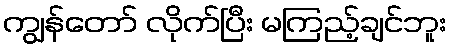
ကျွန်တော် လိုက်ပြီး မကြည့်ချင်ဘူး